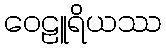
ဝေဠူရိယဿ